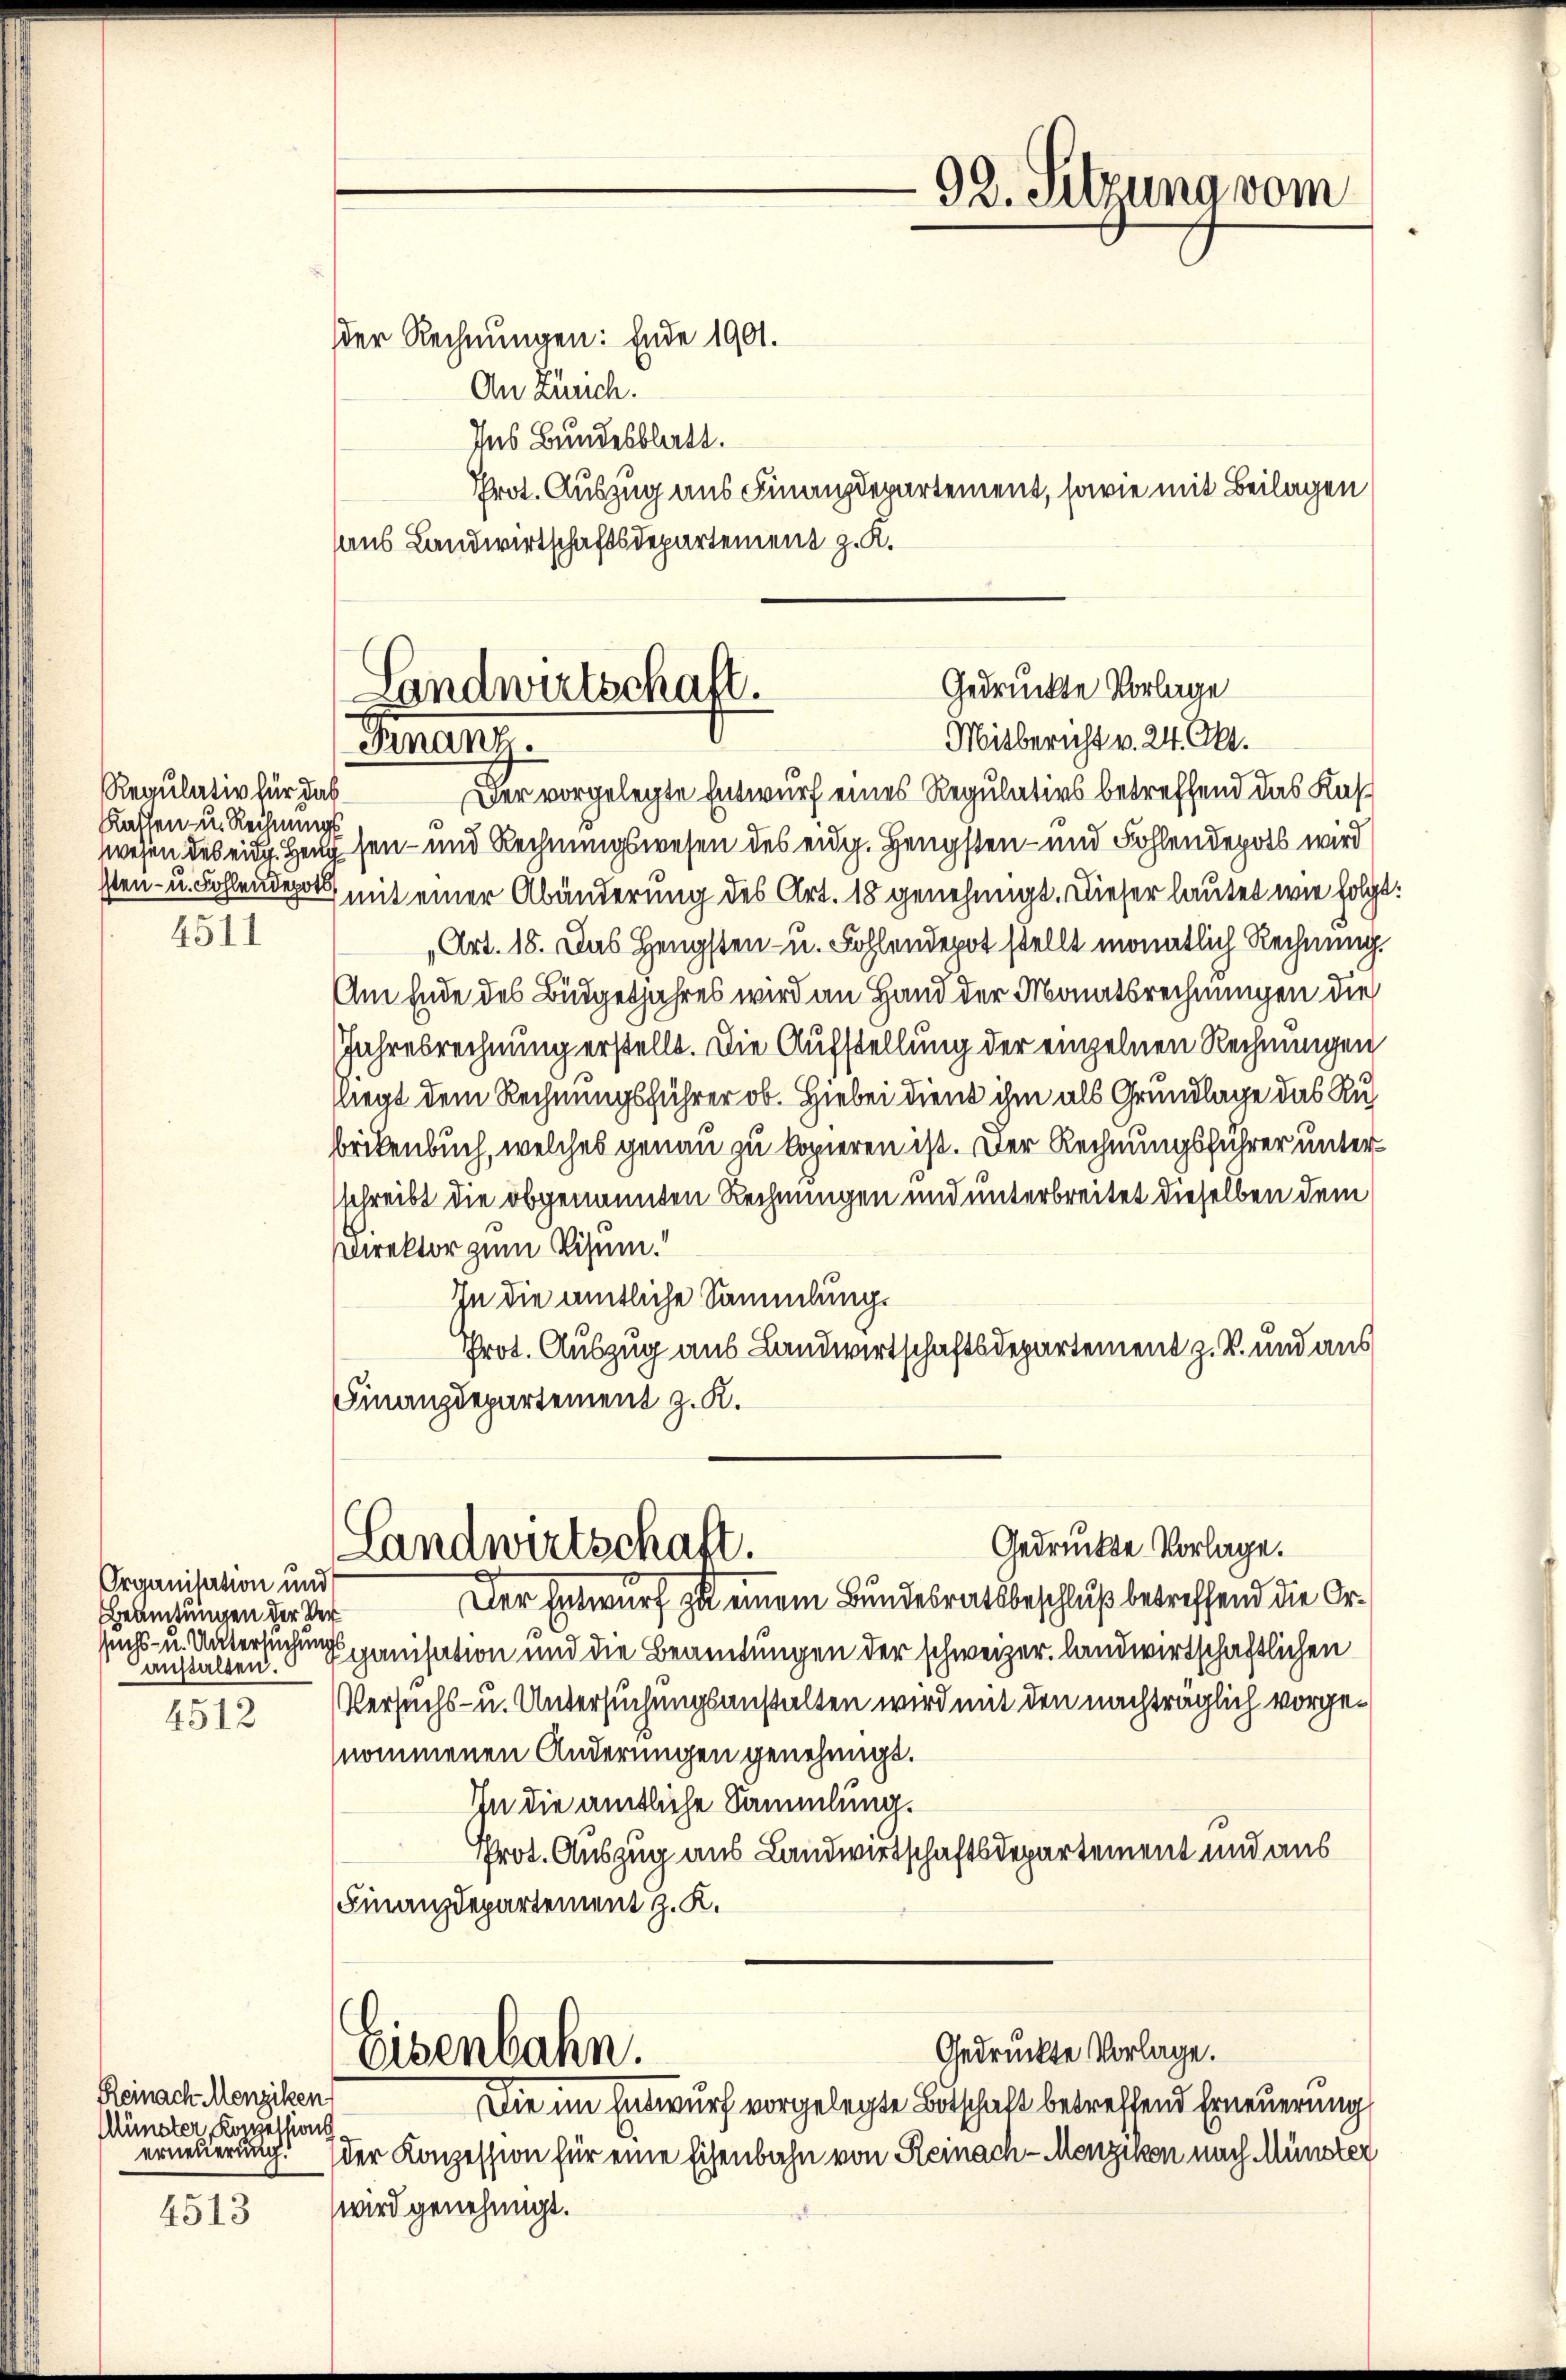
92. Sitzung vom

der Rechnungen: Ende 1901.
An Zürich.
Ins Bundesblatt.
Prot. Auszug aus Finanzdepartement, sowie mit Beilagen
aus Landwirtschaftsdepartement z. K.

Der vorgelegte Entwurf eines Regulativs betreffend das Kas¬
¬
wesen des eid. Heug sei- und Rechnungswesen des eidg. Hengsten- und Fohlendepots wird
sten- u. Fohlendepot mit einer Abänderung des Art. 18 genehmigt. Dieser lautet wie folgt
Art. 18. Das Hengsten- u. Fohlendepot stellt monatlich Rechnung.
Am Ende des Büdgetjahres wird an Hand der Monatsrechnungen die
Jahresrechnung erstellt. Die Aufstellung der einzelnen Rechnungen
liegt dem Rechnungsführer ob. Hiebei dient ihm als Grundlage das Ru¬
Brikenbuch, welches genau zu kopieren ist. Der Rechnungsführer unter
sschreibt die obgenannten Rechnungen und unterbreitet dieselben dem
Direktor zum Visum.
In die amtliche Sammlungs
Prot. Auszug aus Landwirtschaftsdepartement z. B. und aus
Finanzdepartement z. K.
Gedrückte Vorlage.
Landwirtschaft.
Der Entwurf zu einem Bundesratsbeschluß betreffend die Orsuchs- u. Untersuchungspanisation und die Beamtungen der schweizer, landwirtschaftlichen
Versuchs- u. Untersuchungsanstalten wird mit den nachträglich vorgenommenen Anderungen genehmigt.
In die amtliche Sammlung.
frot. Auszug aus Landwirtschaftsdepartement und aus
Finanzdepartement z. K.
Gedruckte Vorlage.
Eisenbahn.
Die im Entwurf vorgelegte Botschaft betreffend Erneuerung
der Konzession für eine Eisenbahn von Reinach-Menzikon nach Münster
wird genehmigt.

6
Gedruckte Vorlage
Landwirtschaft.
Mitbericht v. 24. Okt.
Finanz.

Regulativ für das
Kassen- u. Rechnungs
4511

Organisation und
Beamtungen der Veranstalten.

4512

Reinach Menziken
Münster, Koppellion
erneuerung.

4513